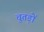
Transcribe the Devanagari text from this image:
चूतड़ों